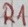
Text: R1